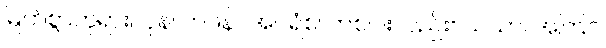
မြတ်စွာဘုရား။ ပုန၊ တဖန်။ အပရံစ၊ တစ်ပါးလည်း။ ယထာ၊ အကြင်